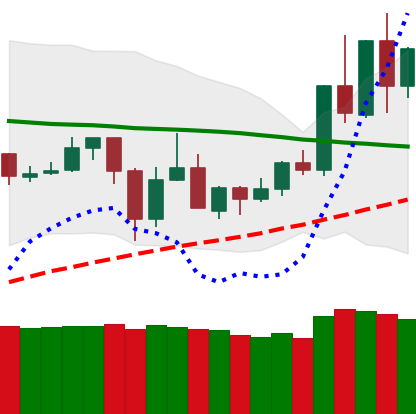
Ticker: TRX-USD
Chart end date: 2020-06-03
Forward return: 6.412%
Label: up_5_7